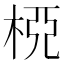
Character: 𣒘